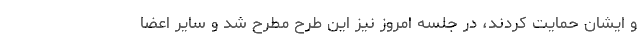
و ایشان حمایت کردند، در جلسه امروز نیز این طرح مطرح شد و سایر اعضا